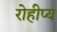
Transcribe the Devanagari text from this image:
रोहीप्य